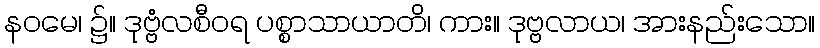
နဝမေ၊ ၌။ ဒုဗ္ဗံလစီဝရ ပစ္စာသာယာတိ၊ ကား။ ဒုဗ္ဗလာယ၊ အားနည်းသော။